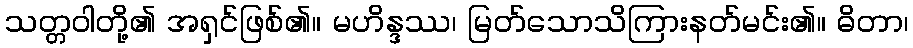
သတ္တဝါတို့၏ အရှင်ဖြစ်၏။ မဟိန္ဒဿ၊ မြတ်သောသိကြားနတ်မင်း၏။ ဓိတာ၊